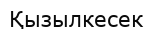
Қызылкесек